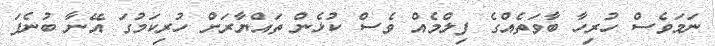
ނަމަވެސް ހުރިހާ ބާވަތެއްގެ ފިލްމެއް ވެސް ކުޅެން ތައްޔާރަށް ހުރިކަމުގަ އޭނާ ބުނެފަ